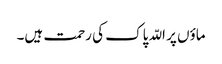
ماؤں پر اللّہ پاک کی رحمت ہیں۔